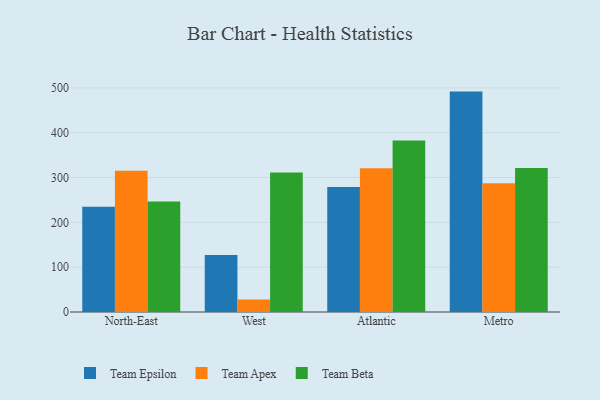
{"axis": {"x": "Region", "y": "Customer Acquisition Cost (USD)"}, "legend": ["Team Apex", "Team Beta", "Team Epsilon"], "data": [{"x": "North-East", "y": 234.6, "type": "Team Epsilon"}, {"x": "North-East", "y": 315.3, "type": "Team Apex"}, {"x": "North-East", "y": 246.6, "type": "Team Beta"}, {"x": "West", "y": 127.0, "type": "Team Epsilon"}, {"x": "West", "y": 27.9, "type": "Team Apex"}, {"x": "West", "y": 311.1, "type": "Team Beta"}, {"x": "Atlantic", "y": 278.8, "type": "Team Epsilon"}, {"x": "Atlantic", "y": 320.7, "type": "Team Apex"}, {"x": "Atlantic", "y": 382.5, "type": "Team Beta"}, {"x": "Metro", "y": 491.8, "type": "Team Epsilon"}, {"x": "Metro", "y": 287.4, "type": "Team Apex"}, {"x": "Metro", "y": 321.2, "type": "Team Beta"}]}